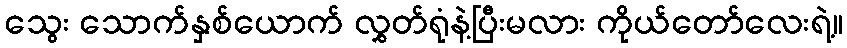
သွေး သောက်နှစ်ယောက် လွှတ်ရုံနဲ့ပြီးမလား ကိုယ်တော်လေးရဲ့။